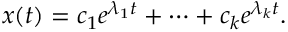
x ( t ) = c _ { 1 } e ^ { \lambda _ { 1 } t } + \cdots + c _ { k } e ^ { \lambda _ { k } t } .